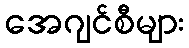
အေဂျင်စီများ